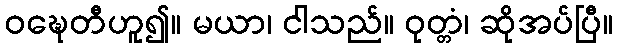
ဝဍ္ဎေတီဟူ၍။ မယာ၊ ငါသည်။ ဝုတ္တံ၊ ဆိုအပ်ပြီ။